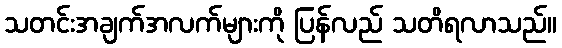
သတင်းအချက်အလက်များကို ပြန်လည် သတိရလာသည်။